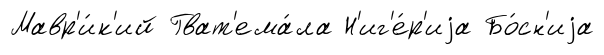
Мавр'и́к'ий Гват'ема́ла Н'иг'е́р'иjа Бо́сн'иjа